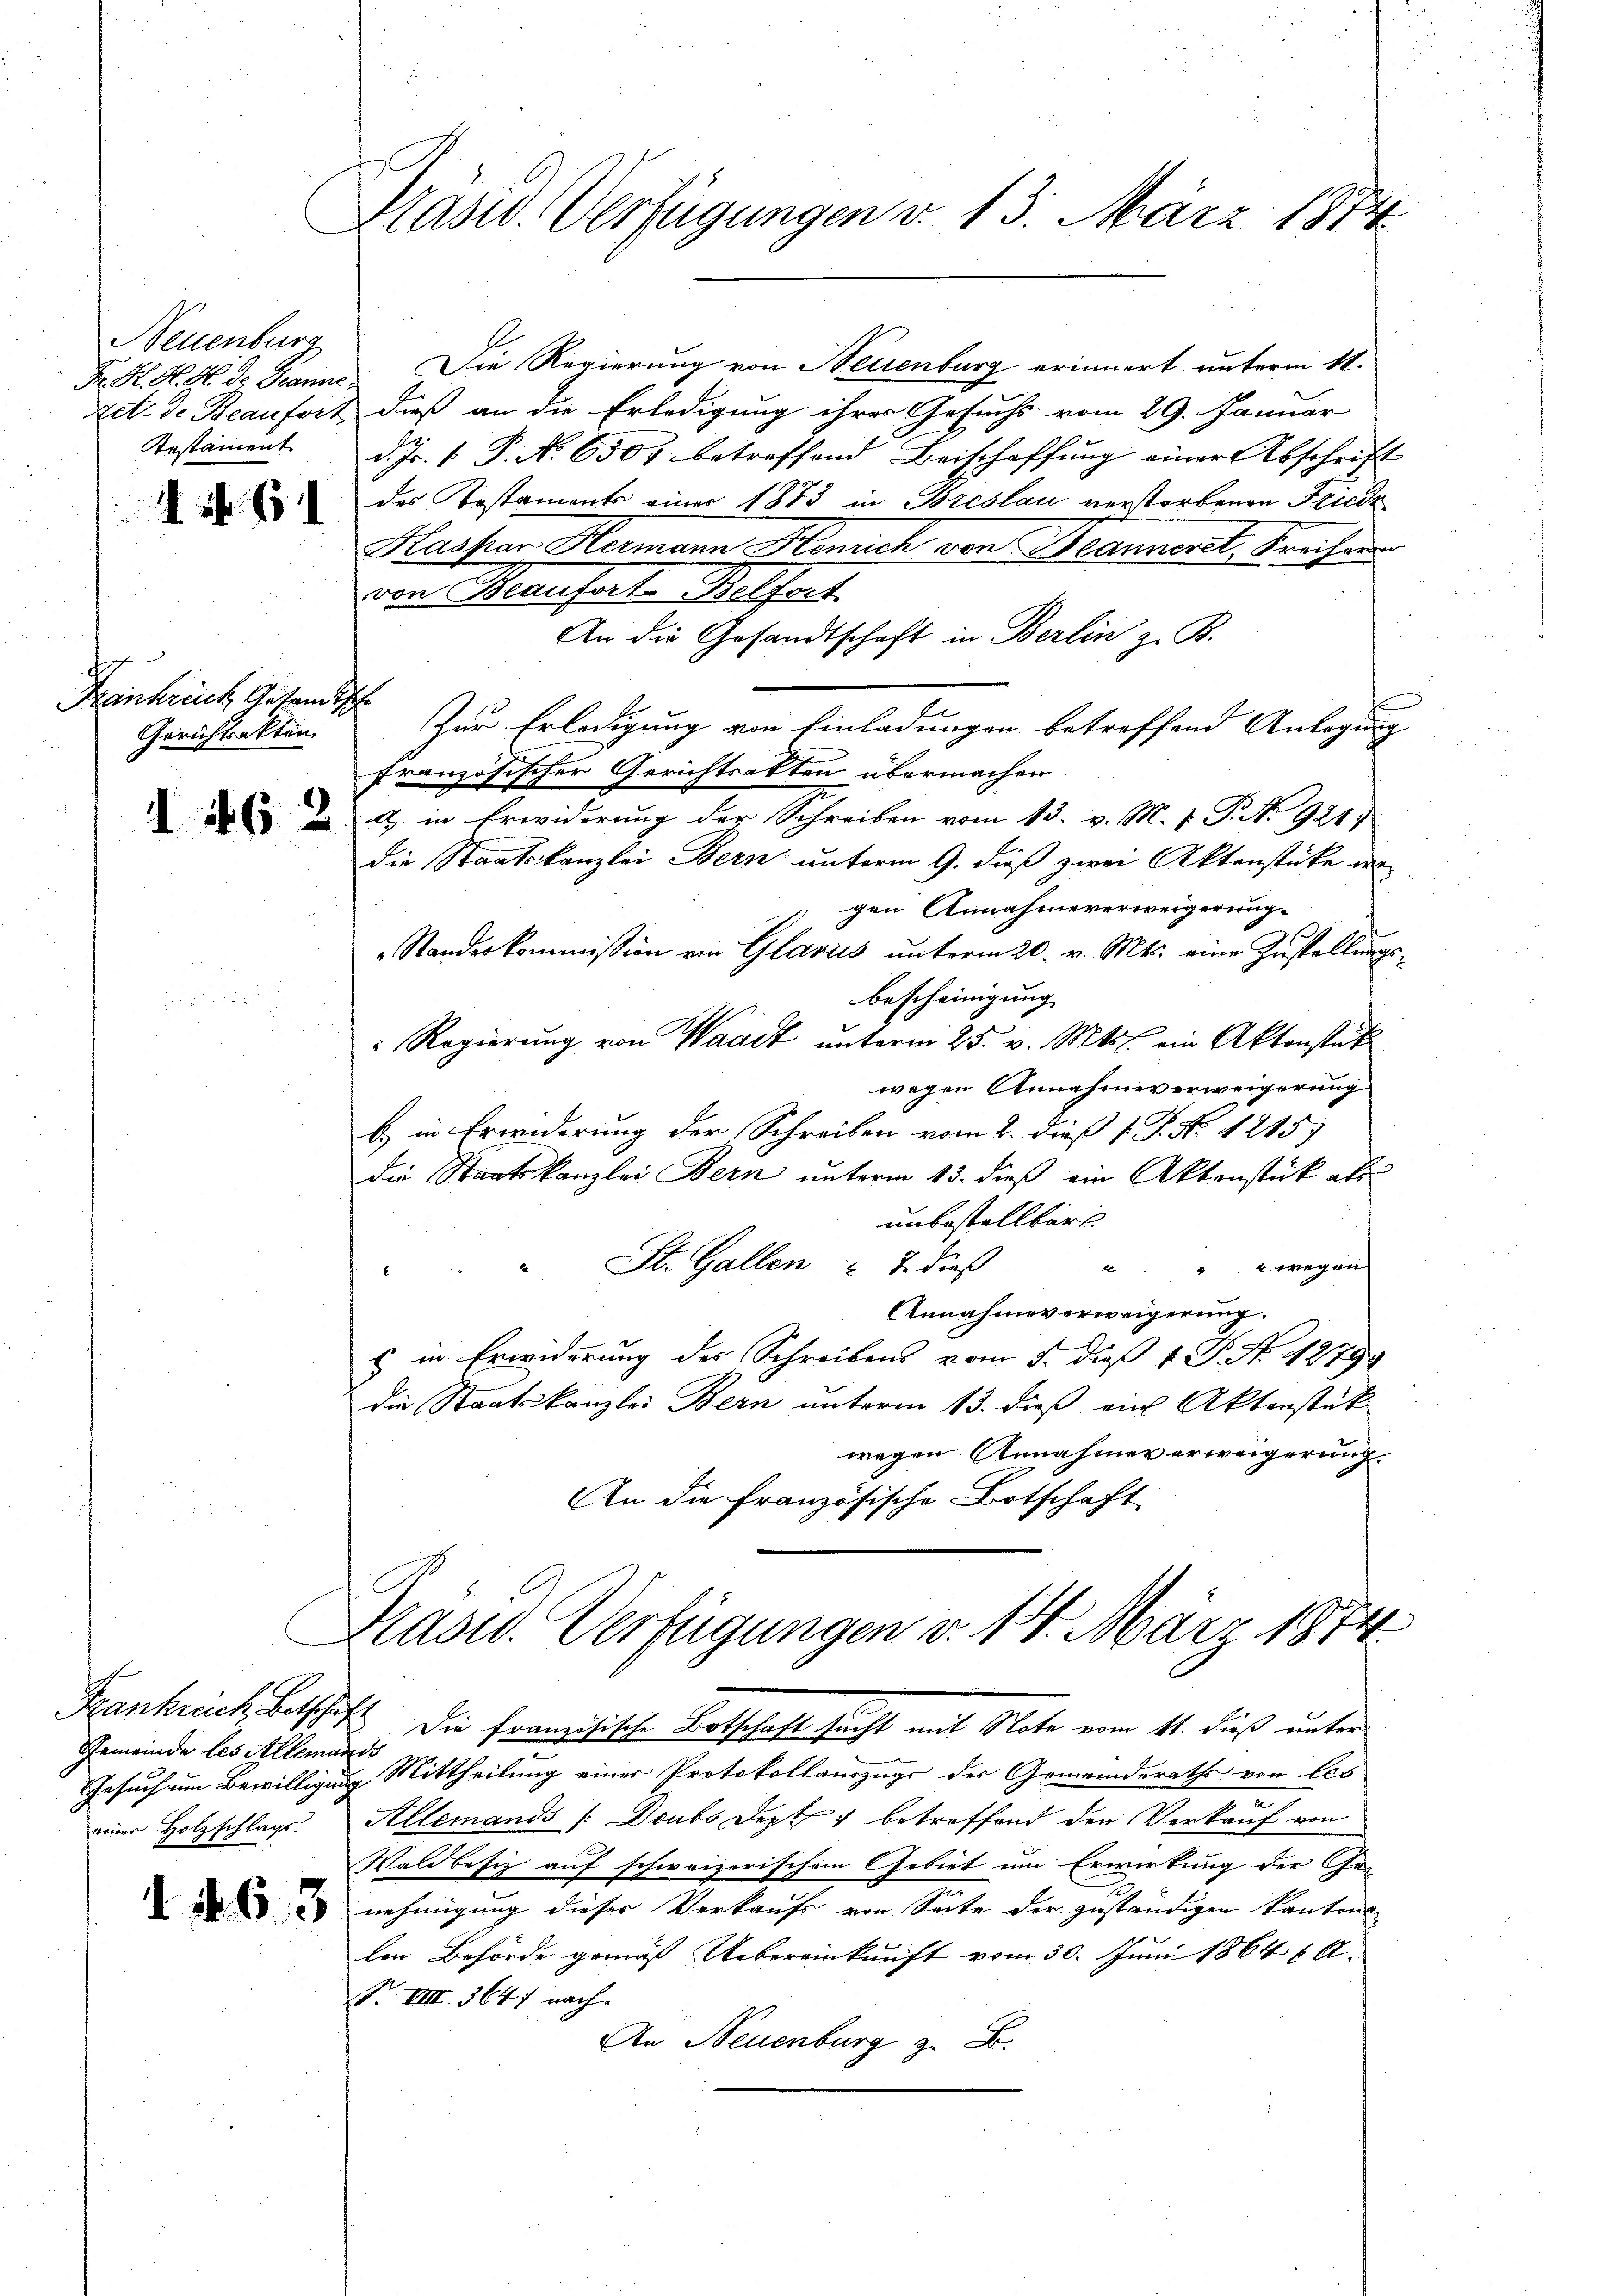
Neuenburg
Testament

Iit. G

Frankrech Gesandtsch
Gerichtsakten.

1462

Gemeinde des Allemande
Gesuch um Bewilligung
einer Holzschlags.

d. 4. 63

Präsid. Verfügungen v. 13. März 1874.

Fr. K. H. A de Jeanne. Die Regierung von Neuenburg erinnert unterm 11.
zet. d. Beaufort dieß an die Erledigung ihres Gesuchs vom 29. Januar
d. Js. 1. P. No 6507. betreffend Beischaffung einer Abschrift
des Testaments einer 1873 in Breslau verstorbenen Friede
Hasser Hermann Henrich von Beanneret, Kreisins
von Baufart-Belfort.
An die Gesandtschaft in Berlin z. B.
Zur Erledigung von Einladungen betreffend Anlegung
französischer Gerichtsakten übermachen.
a) in Erwiderung der Schreiben vom 13. v. M. v. P. N. 921.
die Staatskanzlei Bern unterm 9. dieß zwei Aktenstücke des
gen Annahmeverweigerung.
Standeskommission von Glarus unterm 20. v. Mts. eine Zustellungsbescheinigung
" Regierung von Waadt unterm 25. v. Mts. ein Aktenstat
wegen Annahmeverweigerung
b) in Erwiderung der Schreiben vom 2. dieß P. P. No. 1215.
die Staatskanzlei Bern unterm 13. dieß ein Aktenstück als
unbestellbars
" St. Gallen & 2 dieß " " wegen
Annahmeverweigerung.
s in Erwiderung des Schreibens vom 5. dieß 1. P. No. 1879
die Staatskanzlei Bern unterm 13. dieß ein Aktenstük
wegen Annahmeverweigerung.
An die französische Botschaft
Prasw. Verfügungen d. 14. März 1874
Frankrich, Betschaft. Die französische Botschaft sucht mit Note vom 11. dieß unter
u Mittheilung einer Protokollauszug der Gemeinderaths von les
Allemands /:Doubs Dept 1 betreffend den Verkauf von
Waldbesiz auf schweizerischem Gebiet um Erwirkung der Genehmigung dieser Verkaufs von Seite der zuständigen kantons
len Behörde gemäß Uebereinkunft vom 30. Juni 1864 u. A.
S. VIII. 364) nach
An Neuenburg z. B.